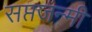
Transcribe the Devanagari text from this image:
सप्तजन्मी